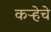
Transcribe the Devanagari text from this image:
कऱ्हेचे